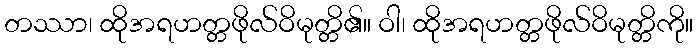
တဿာ၊ ထိုအရဟတ္တဖိုလ်ဝိမုတ္တိ၏။ ဝါ၊ ထိုအရဟတ္တဖိုလ်ဝိမုတ္တိကို။